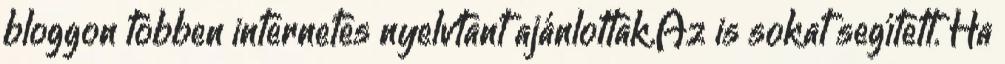
bloggon többen internetes nyelvtant ajánlottak.Az is sokat segített. Ha